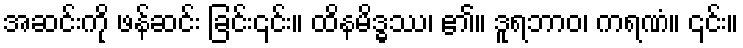
အဆင်းကို ဖန်ဆင်း ခြင်း၎င်း။ ထိနမိဒ္ဓဿ၊ ၏။ ဒူရဘာဝ၊ ကရဏံ။ ၎င်း။